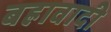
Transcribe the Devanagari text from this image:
बह्रावादी